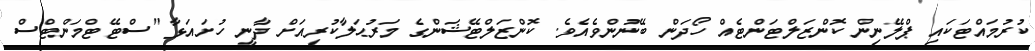
ކުރުމައްޓަކައި ޕްލޭނިން ކޮންޒަލްޓަންޓެއް ހޯދަން ބޭނުންވެއެވެ. ކޮންޒަލްޓޭޝަންގެ މަރުޙަލާކުރިއަށް ދާނީ ހުށައަޅާ "ސްޓޭޓްމަންޓްސް